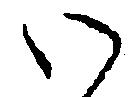
い